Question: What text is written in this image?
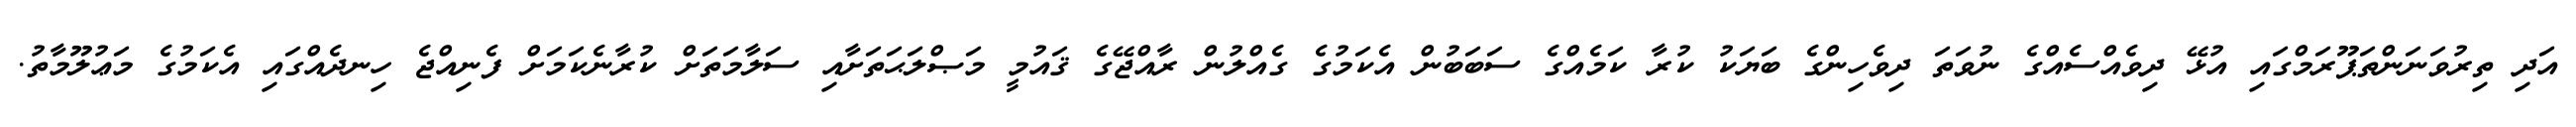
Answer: އަދި ތިރުވަނަންތަޕޫރަމްގައި އުޅޭ ދިވެއްސެއްގެ ނުވަތަ ދިވެހިންގެ ބަޔަކު ކުރާ ކަމެއްގެ ސަބަބުން އެކަމުގެ ގެއްލުން ރާއްޖޭގެ ޤައުމީ މަޞްލަޙަތަށާއި ސަލާމަތަށް ކުރާނެކަމަށް ފެނިއްޖެ ހިނދެއްގައި އެކަމުގެ މަޢުލޫމާތު.